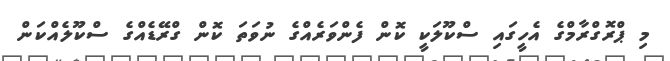
މި ޕްރޮގްރާމްގެ އެހީގައި ސްކޫލަކީ ކޮން ފެންވަރެއްގެ ނުވަތަ ކޮން ގްރޭޑެއްގެ ސްކޫލެއްކަން